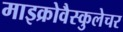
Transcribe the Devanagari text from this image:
माइक्रोवैस्कुलेचर